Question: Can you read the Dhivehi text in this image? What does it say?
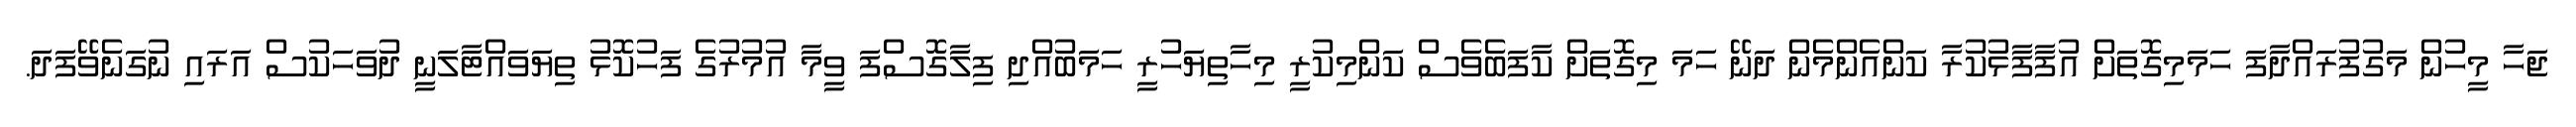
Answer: ޖަހާ މީހުން މަގުފުރައްދާފަ ހަމަމިގޮތަށް އުފާފާޅުކުރާ ކަންއެންމެން ދަނޭ ހަމަ މިގޮތަށް ކާފަބެވެސް ކަންމިކުރީ މިހާތިޔަހުރީ ހަމަބުއްދި ފިލާގޮސްފަ ވީމާ އުމުރުގެ ފަހުކޮޅު ތިޔަވައްޓާލަނީ ދުވަހަކުސް އަރައި ނުގަނެވޭފަދަ.